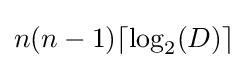
n(n-1)\lceil \log _{2}(D)\rceil